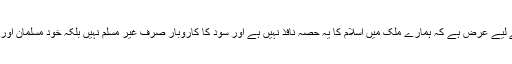
فاضل عدالت کی اطلاع کے لیے عرض ہے کہ ہمارے ملک میں اسلام کا یہ حصہ نافذ نہیں ہے اور سود کا کاروبار صرف غیر مسلم نہیں بلکہ خود مسلمان اور حکمران بھی کر رہے ہیں۔